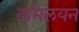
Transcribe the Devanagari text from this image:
तमिलयन